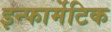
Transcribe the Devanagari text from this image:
इन्फार्मेटिक